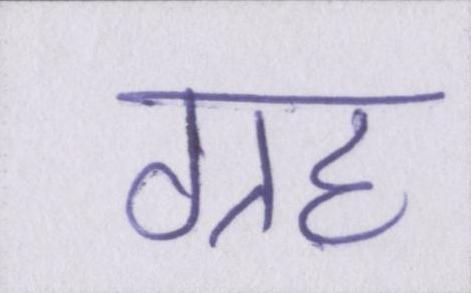
ग्रह